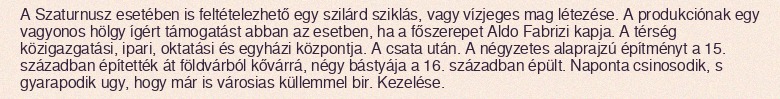
A Szaturnusz esetében is feltételezhető egy szilárd sziklás, vagy vízjeges mag létezése. A produkciónak egy vagyonos hölgy ígért támogatást abban az esetben, ha a főszerepet Aldo Fabrizi kapja. A térség közigazgatási, ipari, oktatási és egyházi központja. A csata után. A négyzetes alaprajzú építményt a 15. században építették át földvárból kővárrá, négy bástyája a 16. században épült. Naponta csinosodik, s gyarapodik ugy, hogy már is városias küllemmel bir. Kezelése.